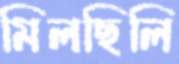
মিলছিলি